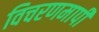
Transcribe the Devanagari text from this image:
विचरणमापी